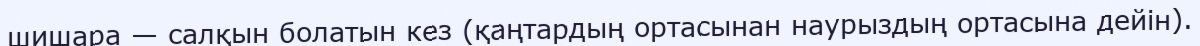
шишара — салқын болатын кез (қаңтардың ортасынан наурыздың ортасына дейін).